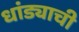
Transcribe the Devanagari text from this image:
धांड्याची